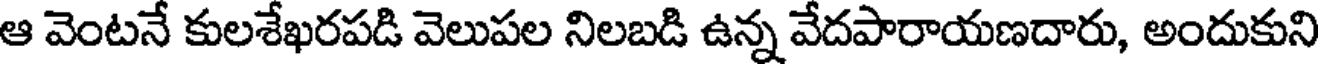
ఆ వెంటనే కులశేఖరపడి వెలుపల నిలబడి ఉన్న వేదపారాయణదారు, అందుకుని